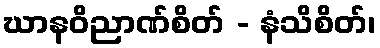
ဃာနဝိညာဏ်စိတ် - နံသိစိတ်၊